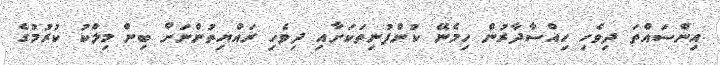
އިންސައްތަ ދިވެހި ހިއްސާދާރުން ހިމެނޭ ކުންފުނިތަކަށާއި ދިވެހި ރައްޔިތުންނަށް ބިން މިލްކު ކުރުމުގެ